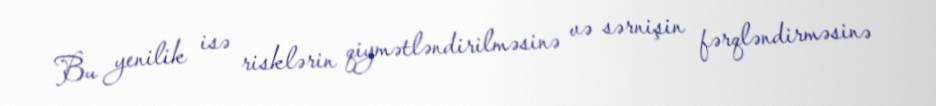
Bu yenilik isə risklərin qiymətləndirilməsinə və sərnişin fərqləndirməsinə